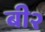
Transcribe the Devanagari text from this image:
बी२